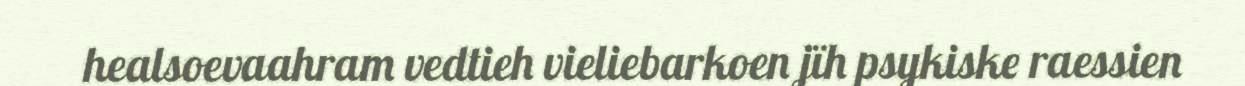
healsoevaahram vedtieh vieliebarkoen jïh psykiske raessien